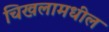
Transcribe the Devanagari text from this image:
चिखलामधील